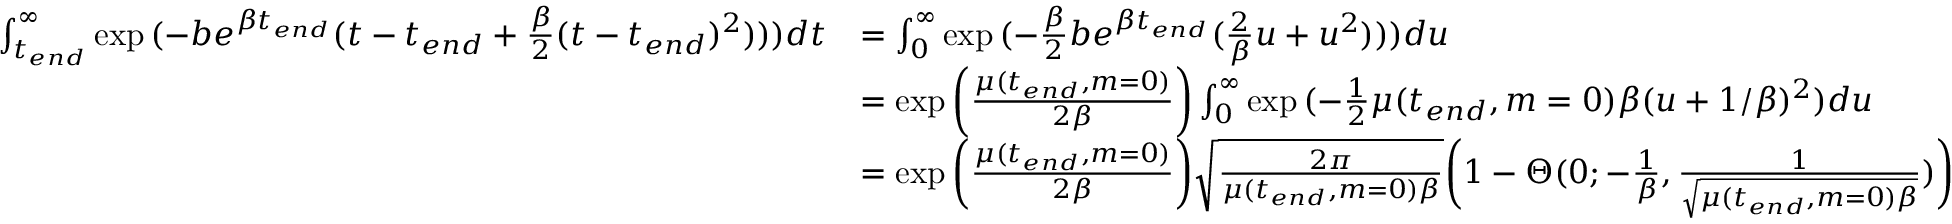
\begin{array} { r l } { \int _ { t _ { e n d } } ^ { \infty } \exp { ( - b e ^ { \beta t _ { e n d } } ( t - t _ { e n d } + \frac { \beta } { 2 } ( t - t _ { e n d } ) ^ { 2 } ) ) ) } d t } & { = \int _ { 0 } ^ { \infty } \exp { ( - \frac { \beta } { 2 } b e ^ { \beta t _ { e n d } } ( \frac { 2 } { \beta } u + u ^ { 2 } ) ) ) } d u } \\ & { = \exp { \bigg ( \frac { \mu ( t _ { e n d } , m = 0 ) } { 2 \beta } \bigg ) } \int _ { 0 } ^ { \infty } \exp { ( - \frac { 1 } { 2 } \mu ( t _ { e n d } , m = 0 ) \beta ( u + 1 / \beta ) ^ { 2 } ) } d u } \\ & { = \exp { \bigg ( \frac { \mu ( t _ { e n d } , m = 0 ) } { 2 \beta } \bigg ) } \sqrt { \frac { 2 \pi } { \mu ( t _ { e n d } , m = 0 ) \beta } } \bigg ( 1 - \Theta ( 0 ; - \frac { 1 } { \beta } , \frac { 1 } { \sqrt { \mu ( t _ { e n d } , m = 0 ) \beta } } ) \bigg ) } \end{array}